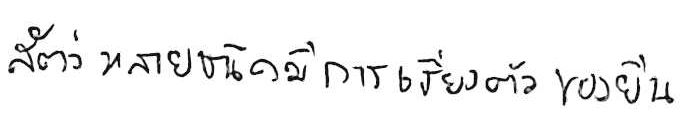
สัตว์หลายชนิดมีการเรียงตัวของยีน